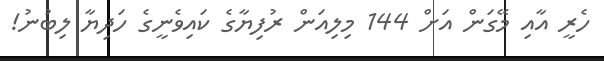
ހެރީ އާއި މޭގަން އަށް 144 މިލިއަން ރުފިޔާގެ ކައިވެނީގެ ހަދިޔާ ލިބުނު!